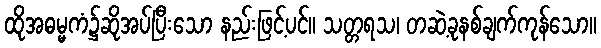
ထိုအဓမ္မကံ၌ဆိုအပ်ပြီးသော နည်းဖြင့်ပင်။ သတ္တရသ၊ တဆဲ့ခုနစ်ချက်ကုန်သော။